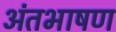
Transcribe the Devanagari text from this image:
अंतभाषण